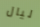
ليال